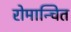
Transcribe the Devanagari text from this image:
रोमान्चित